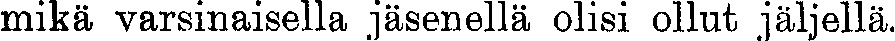
mikä varsinaisella jäsenellä olisi ollut jäljellä.